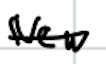
Text: New
Cross-out: single-line
Writing tool: digital_black